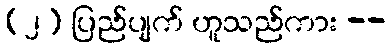
(၂) ပြည်ပျက် ဟူသည်ကား --